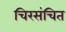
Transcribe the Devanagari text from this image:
चिरसंचित